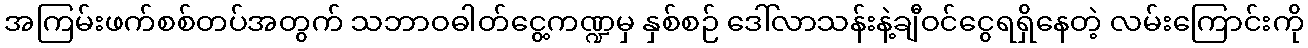
အကြမ်းဖက်စစ်တပ်အတွက် သဘာဝဓါတ်ငွေ့ကဏ္ဍမှ နှစ်စဉ် ဒေါ်လာသန်းနဲ့ချီဝင်ငွေရရှိနေတဲ့ လမ်းကြောင်းကို